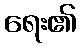
ရေး၏